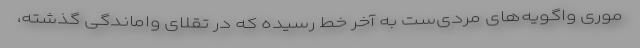
موری واگویه‌های مردی‌ست به‌ آخرِ خط‌ رسیده که در تقلای واماندگی گذشته،